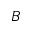
{ \cal B }